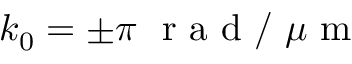
k _ { 0 } = \pm \pi ~ \textrm { r a d / } \mu \textrm { m }